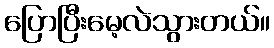
ပြောပြီးမေ့လဲသွားတယ်။